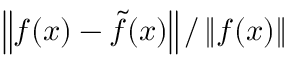
\left\| f ( x ) - { \tilde { f } } ( x ) \right\| / \left\| f ( x ) \right\|